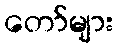
တော်များ